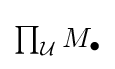
{\textstyle \prod }_{\mathcal {U}}\,M_{\bullet }